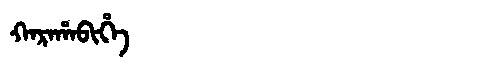
Manchu: ᡴᠠᡵᠠᡥᠠᠪᡳᡥᡝ
Romanization: KARAHABIHE